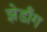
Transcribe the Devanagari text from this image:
झेडाँग